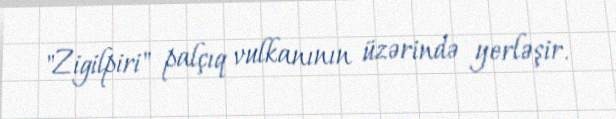
"Zigilpiri" palçıq vulkanının üzərində yerləşir.